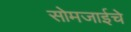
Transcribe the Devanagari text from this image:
सोमजाईचे